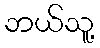
ဘယ်သူ့